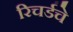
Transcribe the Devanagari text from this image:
रिचर्डचे